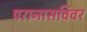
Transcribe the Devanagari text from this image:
परानासविवर